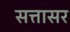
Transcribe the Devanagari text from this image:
सत्तासर